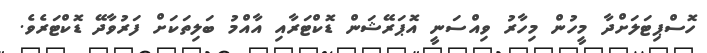
ހޮސްޕިޓަލަށްދާ މީހުން މިހާރު ވިއްސަނީ އޮޕަރޭޝަން ޑޮކްޓަރާއި އާއްމު ބަލިތަކަށް ފަރުވާދޭ ޑޮކްޓަރެވެ.